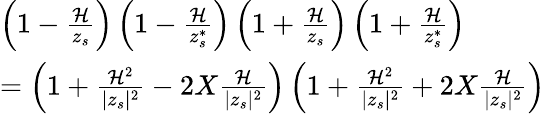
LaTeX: \begin{array}{l}{\left(1-\frac{{\cal H}}{z_{s}}\right)\left(1-\frac{{\cal H}}{z_{s}^{*}}\right)\left(1+\frac{{\cal H}}{z_{s}}\right)\left(1+\frac{{\cal H}}{z_{s}^{*}}\right)}\\ {=\left(1+\frac{{\cal H}^{2}}{|z_{s}|^{2}}-2X\frac{{\cal H}}{|z_{s}|^{2}}\right)\left(1+\frac{{\cal H}^{2}}{|z_{s}|^{2}}+2X\frac{{\cal H}}{|z_{s}|^{2}}\right)}\end{array}